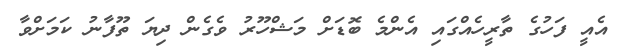
އެއީ ފަހުގެ ތާރީހެއްގައި އެންމެ ބޮޑަށް މަޝްހޫރު ވެގެން ދިޔަ ތޫފާނު ކަމަށްވާ